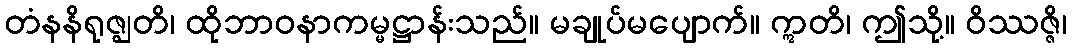
တံနနိရုဇ္ဈတိ၊ ထိုဘာဝနာကမ္မဋ္ဌာန်းသည်။ မချုပ်မပျောက်။ ဣတိ၊ ဤသို့။ ဝိဿဇ္ဇိ၊